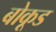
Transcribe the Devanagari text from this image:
बोकूड